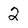
Character: 2